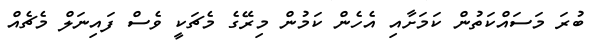
ބުރަ މަސައްކަތުން ކަމަށާއި އެހެން ކަމުން މިރޭގެ މެޗަކީ ވެސް ފައިނަލް މެޗެއް